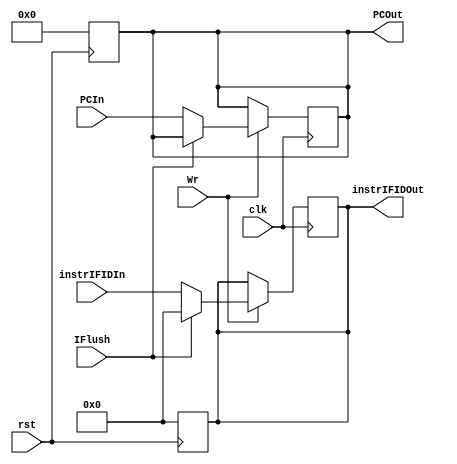
module IFID( clk, rst, PCIn, instrIFIDIn, PCOut, instrIFIDOut, Wr, IFlush );
//if\id register, 2 inputs & outputs
  input             clk, rst;
  input             Wr, IFlush;
	input      [29:0] PCIn;
	input      [31:0] instrIFIDIn;
	output reg [29:0] PCOut;
	output reg [31:0] instrIFIDOut;

	always @(posedge rst) begin
		PCOut = 0;
		instrIFIDOut = 0;
	end

	always @( posedge clk ) begin//write in IFD
		if( Wr ) begin
		  if( !IFlush ) begin
		    PCOut <= PCIn;
		    instrIFIDOut <= instrIFIDIn;
		  end	  
		  else //IFlush
		    instrIFIDOut <= 0;
		end
	end//end always

endmodule